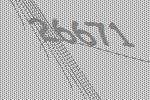
26671